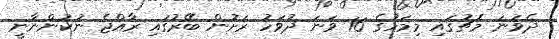
ދެވަނަ މެޗުގައި މިމަހުގެ 16 ވަނަ ދުވަހު ރަށުން ބޭރުގައި ރާއްޖެ ނުކުންނާނީ